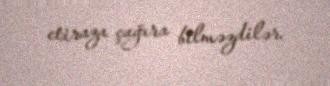
etiraza çağıra bilməzdilər.